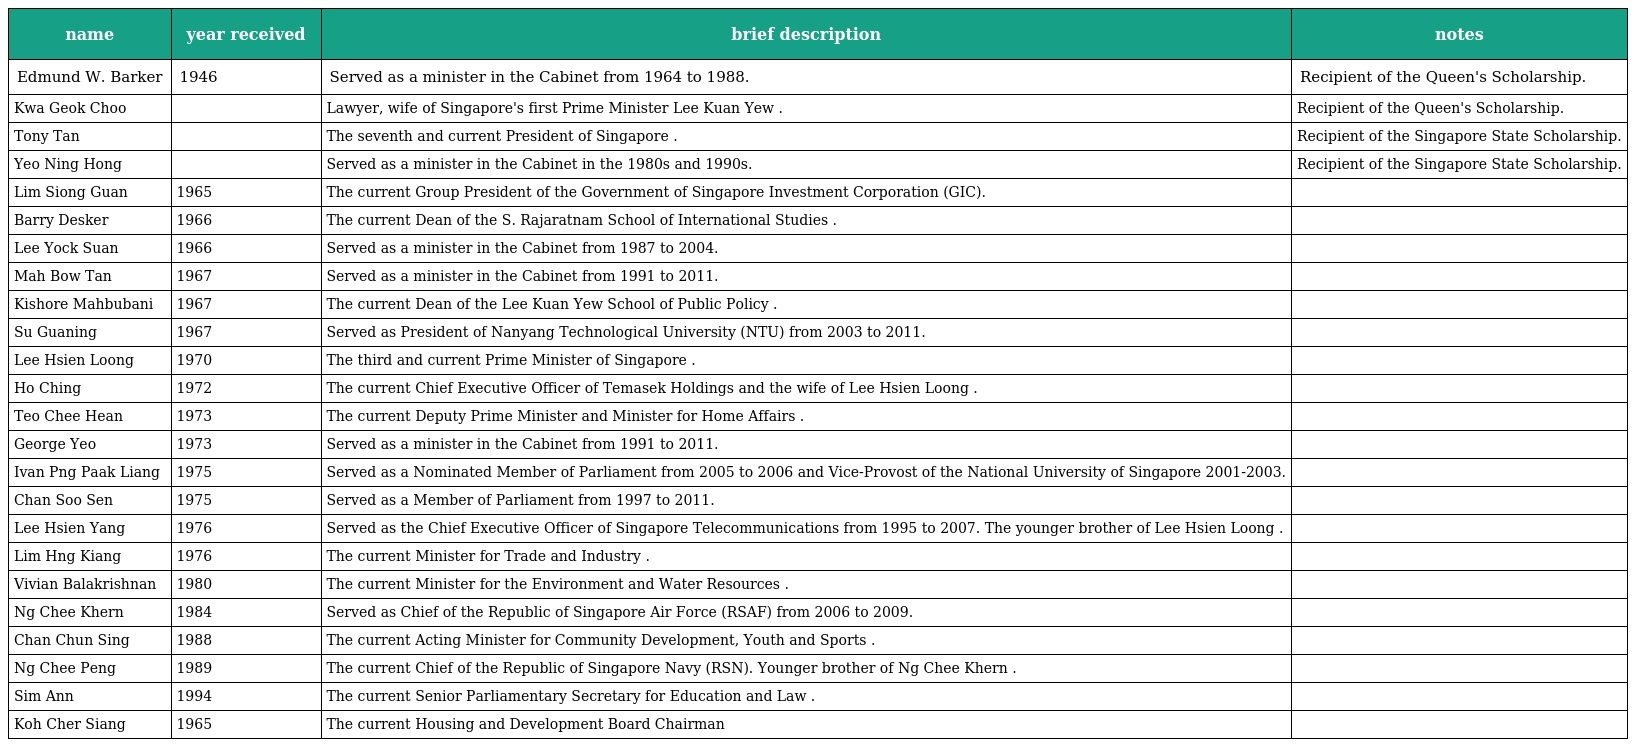
| name | year received | brief description | notes |
 | --- | --- | --- | --- |
 | Edmund W. Barker | 1946 | Served as a minister in the Cabinet from 1964 to 1988. | Recipient of the Queen's Scholarship. |
 | Kwa Geok Choo |  | Lawyer, wife of Singapore's first Prime Minister Lee Kuan Yew . | Recipient of the Queen's Scholarship. |
 | Tony Tan |  | The seventh and current President of Singapore . | Recipient of the Singapore State Scholarship. |
 | Yeo Ning Hong |  | Served as a minister in the Cabinet in the 1980s and 1990s. | Recipient of the Singapore State Scholarship. |
 | Lim Siong Guan | 1965 | The current Group President of the Government of Singapore Investment Corporation (GIC). |  |
 | Barry Desker | 1966 | The current Dean of the S. Rajaratnam School of International Studies . |  |
 | Lee Yock Suan | 1966 | Served as a minister in the Cabinet from 1987 to 2004. |  |
 | Mah Bow Tan | 1967 | Served as a minister in the Cabinet from 1991 to 2011. |  |
 | Kishore Mahbubani | 1967 | The current Dean of the Lee Kuan Yew School of Public Policy . |  |
 | Su Guaning | 1967 | Served as President of Nanyang Technological University (NTU) from 2003 to 2011. |  |
 | Lee Hsien Loong | 1970 | The third and current Prime Minister of Singapore . |  |
 | Ho Ching | 1972 | The current Chief Executive Officer of Temasek Holdings and the wife of Lee Hsien Loong . |  |
 | Teo Chee Hean | 1973 | The current Deputy Prime Minister and Minister for Home Affairs . |  |
 | George Yeo | 1973 | Served as a minister in the Cabinet from 1991 to 2011. |  |
 | Ivan Png Paak Liang | 1975 | Served as a Nominated Member of Parliament from 2005 to 2006 and Vice-Provost of the National University of Singapore 2001-2003. |  |
 | Chan Soo Sen | 1975 | Served as a Member of Parliament from 1997 to 2011. |  |
 | Lee Hsien Yang | 1976 | Served as the Chief Executive Officer of Singapore Telecommunications from 1995 to 2007. The younger brother of Lee Hsien Loong . |  |
 | Lim Hng Kiang | 1976 | The current Minister for Trade and Industry . |  |
 | Vivian Balakrishnan | 1980 | The current Minister for the Environment and Water Resources . |  |
 | Ng Chee Khern | 1984 | Served as Chief of the Republic of Singapore Air Force (RSAF) from 2006 to 2009. |  |
 | Chan Chun Sing | 1988 | The current Acting Minister for Community Development, Youth and Sports . |  |
 | Ng Chee Peng | 1989 | The current Chief of the Republic of Singapore Navy (RSN). Younger brother of Ng Chee Khern . |  |
 | Sim Ann | 1994 | The current Senior Parliamentary Secretary for Education and Law . |  |
 | Koh Cher Siang | 1965 | The current Housing and Development Board Chairman |  |